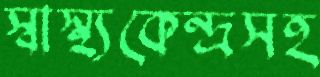
স্বাস্থ্যকেন্দ্রসহ